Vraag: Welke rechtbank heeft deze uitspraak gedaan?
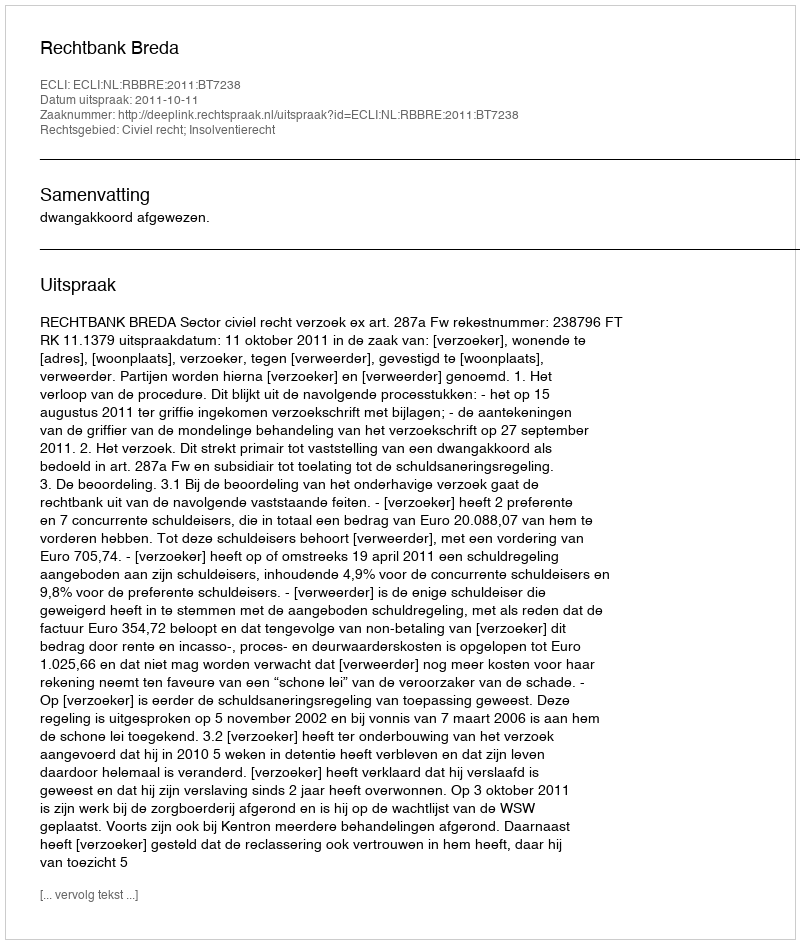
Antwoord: Rechtbank Breda